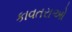
કાવતરાઓ